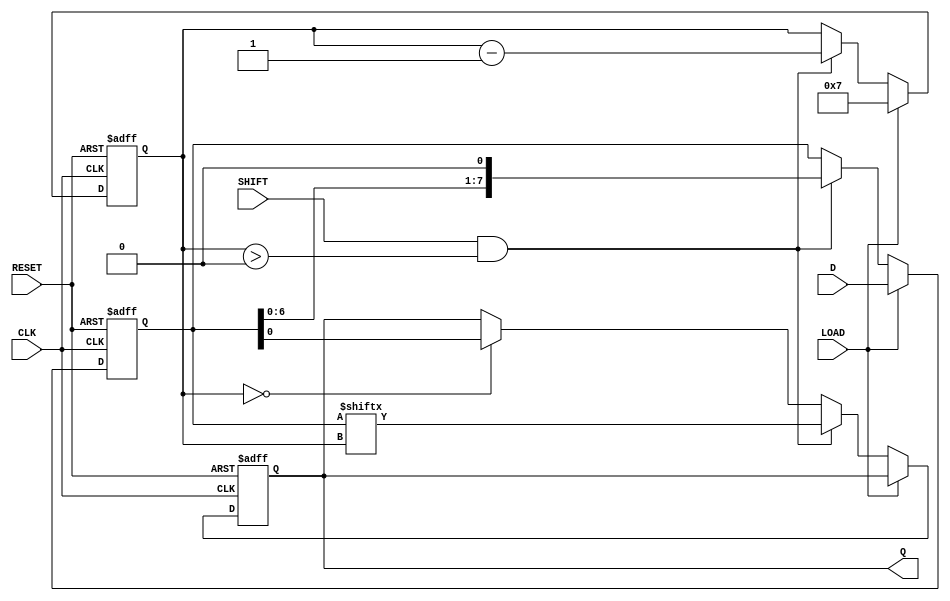
module PISO_Register #(
    parameter WIDTH = 8  // Configurable width of the input data
)(
    input wire [WIDTH-1:0] D,      // Parallel input data
    output reg Q,                   // Serial output
    input wire LOAD,                // Load control signal
    input wire SHIFT,               // Shift control signal
    input wire CLK,                 // Clock signal
    input wire RESET                // Asynchronous reset signal
);

    reg [WIDTH-1:0] shift_reg;      // Internal shift register
    reg [WIDTH-1:0] count;           // Counter for shifting bits

    always @(posedge CLK or posedge RESET) begin
        if (RESET) begin
            shift_reg <= {WIDTH{1'b0}}; // Clear the register
            count <= 0;                // Reset the counter
            Q <= 1'b0;                 // Reset output
        end else begin
            if (LOAD) begin
                shift_reg <= D;        // Load data into the register
                count <= WIDTH - 1;   // Set counter to the MSB position
            end else if (SHIFT && count > 0) begin
                Q <= shift_reg[count]; // Output the current MSB
                shift_reg <= shift_reg << 1; // Shift left
                count <= count - 1;    // Decrement the counter
            end else if (count == 0) begin
                Q <= shift_reg[0];      // Output the last bit when shifting is done
            end
        end
    end

endmodule